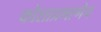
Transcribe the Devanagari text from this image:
कोशाप्रमाणेच